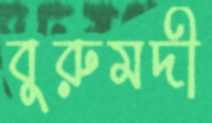
বুরুমদী